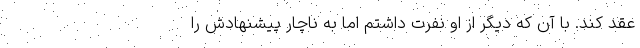
عقد کند. با آن که دیگر از او نفرت داشتم اما به ناچار پیشنهادش را